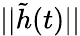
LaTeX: ||\tilde{h}(t)||